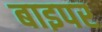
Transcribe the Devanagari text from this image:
बाइपर